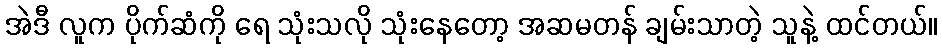
အဲဒီ လူက ပိုက်ဆံကို ရေ သုံးသလို သုံးနေတော့ အဆမတန် ချမ်းသာတဲ့ သူနဲ့ ထင်တယ်။